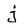
Character: j